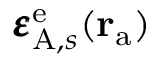
\pmb { \varepsilon } _ { \mathrm { A } , s } ^ { \mathrm { e } } ( \mathbf { r } _ { \mathrm { a } } )